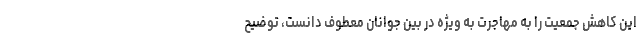
این کاهش جمعیت را به مهاجرت به ویژه در بین جوانان معطوف دانست، توضیح